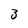
Character: 3